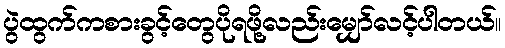
ပွဲထွက်ကစားခွင့်တွေပိုရဖို့လည်းမျှော်လင့်ပါတယ်။